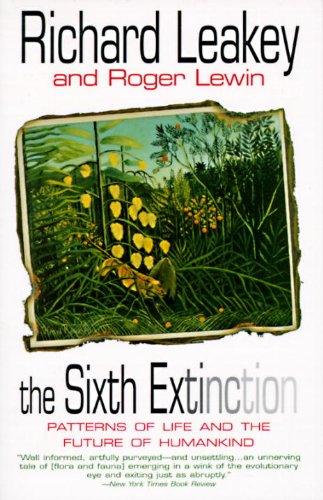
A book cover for The Sixth Extinction: Patterns of Life and the Future of Humankind; Richard E. Leakey; Science & Math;